Report of the Indian Hemp Drugs Commission, 1894-1895 - Volume V
Year: 1894
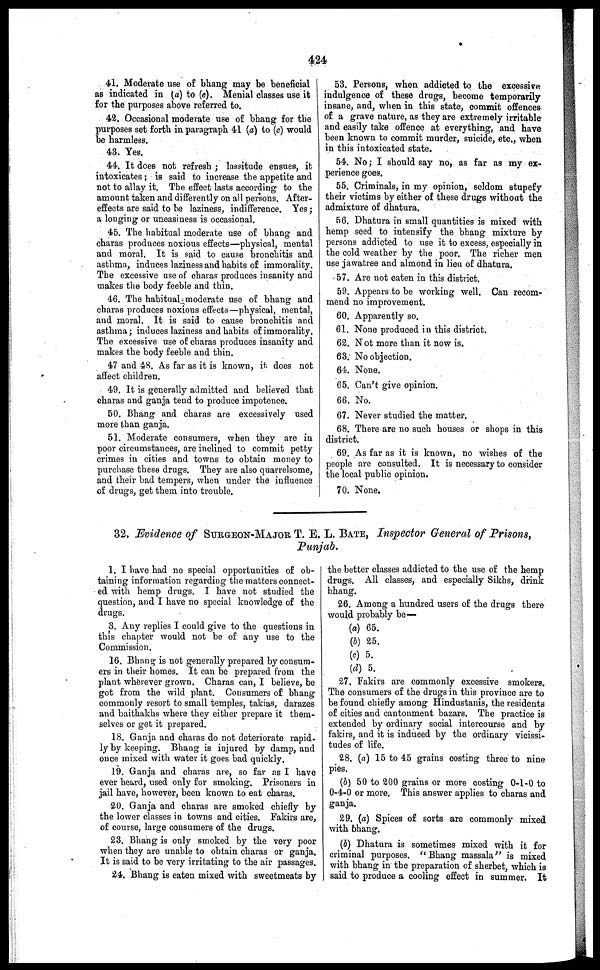
424
41. Moderate use of bhang may be beneficial
as indicated in (a) to (c). Menial classes use it
for the purposes above referred to.
42. Occasional moderate use of bhang for the
purposes set forth in paragraph 41 (a) to (c) would
be harmless.
43. Yes.
44. It does not refresh ; lassitude ensues, it
intoxicates; is said to increase the appetite and
not to allay it. The effect lasts according to the
amount taken and differently on all persons. After-
effects are said to be laziness, indifference. Yes;
a longing or uneasiness is occasional.
45. The habitual moderate use of bhang and
charas produces noxious effects—physical, mental
and moral. It is said to cause bronchitis and
asthma, induces laziness and habits of immorality.
The excessive use of charas produces insanity and
makes the body feeble and thin.
46. The habitual moderate use of bhang and
charas produces noxious effects—physical, mental,
and moral. It is said to cause brouchitis and
asthma; induces laziness and habits of immorality.
The excessive use of charas produces insanity and
makes the body feeble and thin.
47 and 48. As far as it is known, it does not
affect children.
49. It is generally admitted and believed that
charas and ganja tend to produce impotence.
50. Bhang and charas are excessively used
more than ganja.
51. Moderate consumers, when they are in
poor circumstances, are inclined to commit petty
crimes in cities and towns to obtain money to
purchase these drugs. They are also quarrelsome,
and their bad tempers, when under the iufluence
of drugs, get them into trouble.
53. Persons, when addicted to the excessive
indulgence of these drugs, become temporarily
insane, and, when in this state, commit offences
of a grave nature, as they are extremely irritable
and easily take offence at everything, and have
been known to commit murder, suicide, etc., when
in this intoxicated state.
54. No; I should say no, as far as my ex-
perience goe9.
55. Criminals, in my opinion, seldom stupefy
their victims by either of these drugs without the
admixture of dhatura.
56. Dhatura in small quantities is mixed with
hemp seed to intensify the bhang mixture by
persons addicted to use it to excess, especially in
the cold weather by the poor. The richer men
use jawatree and almond in lieu of dhatura.
57.
59.
Are not eaten in this district.
Appears to be working well. Can recom-
mend no improvement.
60.
61.
62.
63.
64.
65.
66.
67.
68.
Apparently so.
None produced in this district.
Not more than it now is.
No objection.
None.
Can't give opinion.
No.
Never studied the matter.
There are no such houses or shops in this
district.
69. As far as it is known, no wishes of the
people are consulted. It is necessary to consider
the local public opinion.
70. None.
32. Evidence of SURGEON-MAJOR T. E. L. BATE, Inspector General of Prisons,
Punjab.
1. I have had no special opportunities of ob-
taining information regarding the matters connect-
ed with hemp drugs. I have not studied the
question, and I have no special knowledge of the
drugs.
3. Any replies I could give to the questions in
this chapter would not be of any use to the
Commission.
16. Bhang is not generally prepared by consum-
ers in their homes. It can be prepared from the
plant wherever grown. Charas can, I believe, be
got from the wild plant. Consumers of bhang
commonly resort to small temples, takias, darazes
and baithakhs where they either prepare it them-
selves or get it prepared.
18. Ganja and charas do not deteriorate rapid,
ly by keeping. Bhang is injured by damp, and
once mixed with water it goes bad quickly.
19. Ganja and charas are, so far as I have
ever heard, used only for smoking. Prisoners in
jail have, however, been known to eat charas.
20. Ganja and charas are smoked chiefly by
the lower classes in towns and cities. Fakirs are,
of course, large consumers of the drugs.
23. Bhang is only smoked by the very poor
when they are unable to obtain charas or ganja.
It is said to be very irritating to the air passages.
24. Bhang is eaten mixed with sweetmeats by
the better classes addicted to the use of the hemp
drugs. All classes, and especially Sikhs, drink
bhang.
26. Among a hundred users of the drugs there
would probably be—
(a) 65.
(b) 25.
(c) 5.
(d) 5.
27. Fakirs are commonly excessive smokers.
The consumers of the drugs in this province are to
be found chiefly among Hindustanis, the residents
of cities and cantonment bazars. The practice is
extended by ordinary social intercourse and by
fakirs, and it is induced by the ordinary vicissi-
tudes of life.
28. (a) 15 to 45 grains costing three to nine
pies.
(b) 50 to 200 grains or more costing 0-1-0 to
0-4-0 or more. This answer applies to charas and
ganja.
29. (a) Spices of sorts are commonly mixed
with bhang.
(b) Dhatura is sometimes mixed with it for
criminal purposes. "Bhang massala" is mixed
with bhang in the preparation of sherbet, which is
said to produce a cooling effect in summer. It